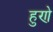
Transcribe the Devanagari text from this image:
हुणे